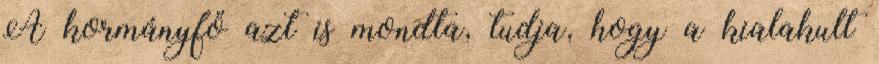
A kormányfő azt is mondta, tudja, hogy a kialakult